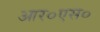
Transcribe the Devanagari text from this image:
आर०एस०